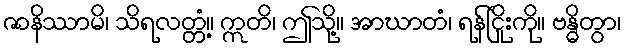
ဇာနိဿာမိ၊ သိရလတ္တံ့။ ဣတိ၊ ဤသို့။ အာဃာတံ၊ ရန်ငြိုးကို။ ဗန္ဓိတွာ၊